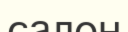
салон